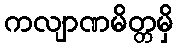
ကလျာဏမိတ္တမှိ